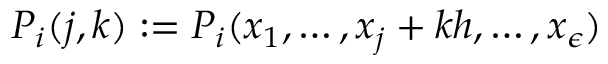
P _ { i } ( j , k ) : = P _ { i } ( x _ { 1 } , \dots , x _ { j } + k h , \dots , x _ { \epsilon } )